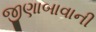
જીણાબાવાની